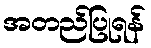
အတည်ပြုရန်